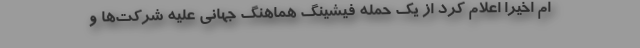
ام اخیراً اعلام کرد از یک حمله فیشینگ هماهنگ جهانی علیه شرکت‌ها و